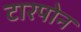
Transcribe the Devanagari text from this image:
टारपोन